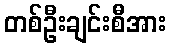
တစ်ဦးချင်းစီအား